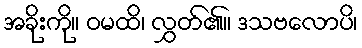
အခိုးကို။ ဝမထိ၊ လွှတ်၏။ ဒသဗလောပိ၊